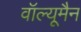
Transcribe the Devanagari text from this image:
वॉल्यूमैन